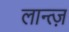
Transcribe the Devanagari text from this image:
लान्त्ज़